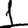
Digit: 1